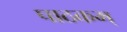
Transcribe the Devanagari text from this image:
पाठकम्